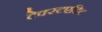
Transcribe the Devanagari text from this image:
टेक्स्टएडिट